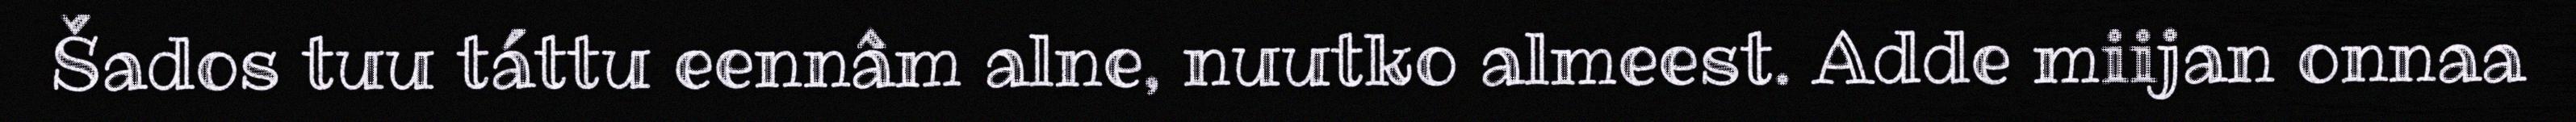
Šados tuu táttu eennâm alne, nuutko almeest. Adde miijan onnaa